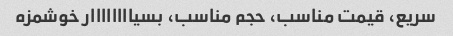
سریع، قیمت مناسب، حجم مناسب، بسیاااااااار خوشمزه